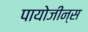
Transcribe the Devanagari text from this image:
पायोजीन्स